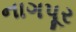
નાગપૂર